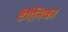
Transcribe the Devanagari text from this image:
टैगैनिका